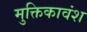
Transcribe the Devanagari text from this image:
मुक्तिकावंश